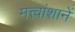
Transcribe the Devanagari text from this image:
मत्त्वांशानें